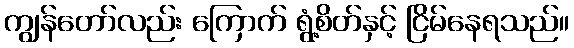
ကျွန်တော်လည်း ကြောက် ရွံ့စိတ်နှင့် ငြိမ်နေရသည်။